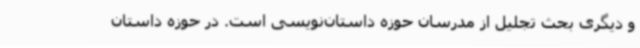
و دیگری بحث تجلیل از مدرسان حوزه داستان‌نویسی است. در حوزه داستان